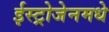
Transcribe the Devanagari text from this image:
ईस्ट्रोजेनमधे